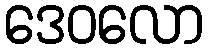
ဒေဝလော